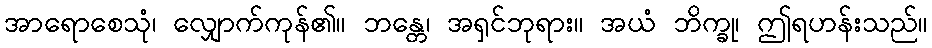
အာရောစေသုံ၊ လျှောက်ကုန်၏။ ဘန္တေ၊ အရှင်ဘုရား။ အယံ ဘိက္ခု၊ ဤရဟန်းသည်။